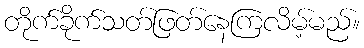
တိုက်ခိုက်သတ်ဖြတ်နေကြလိမ့်မည်။